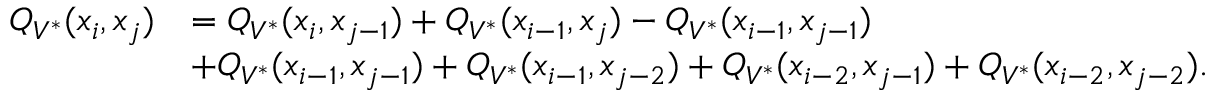
\begin{array} { r l } { Q _ { V ^ { * } } ( x _ { i } , x _ { j } ) } & { = Q _ { V ^ { * } } ( x _ { i } , x _ { j - 1 } ) + Q _ { V ^ { * } } ( x _ { i - 1 } , x _ { j } ) - Q _ { V ^ { * } } ( x _ { i - 1 } , x _ { j - 1 } ) } \\ & { + Q _ { V ^ { * } } ( x _ { i - 1 } , x _ { j - 1 } ) + Q _ { V ^ { * } } ( x _ { i - 1 } , x _ { j - 2 } ) + Q _ { V ^ { * } } ( x _ { i - 2 } , x _ { j - 1 } ) + Q _ { V ^ { * } } ( x _ { i - 2 } , x _ { j - 2 } ) . } \end{array}